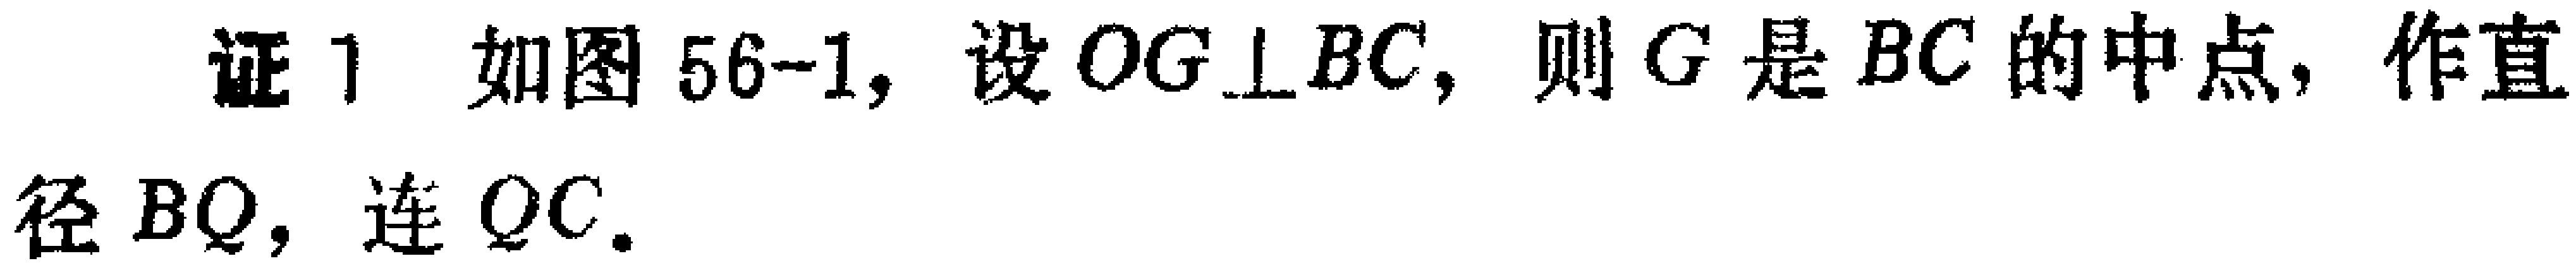
证 1 如图 56-1, 设 \(OG\perp BC\), 则 \(G\) 是 \(BC\) 的中点, 作直
径 \(BQ\), 连 \(QC\).